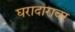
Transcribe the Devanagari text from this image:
घरादारावर